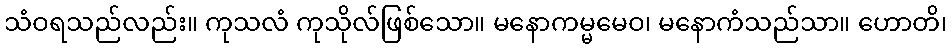
သံဝရသည်လည်း။ ကုသလံ ကုသိုလ်ဖြစ်သော။ မနောကမ္မမေဝ၊ မနောကံသည်သာ။ ဟောတိ၊